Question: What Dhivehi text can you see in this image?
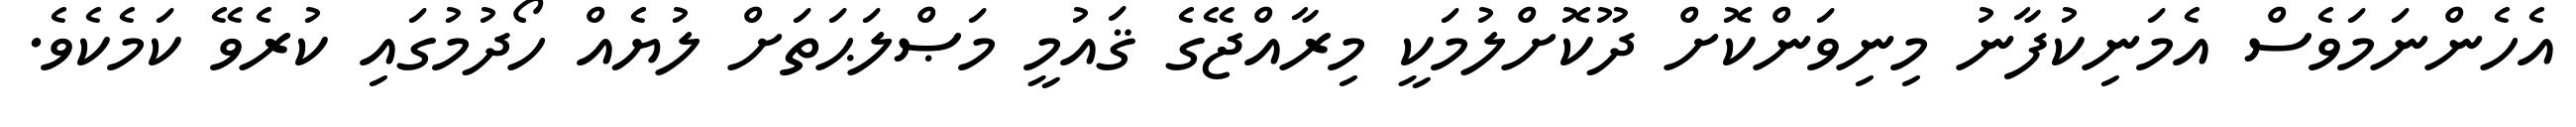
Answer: އެހެންނަމަވެސް އެމަނިކުފާނު މިނިވަންކޮށް ދޫކޮށްލުމަކީ މިރާއްޖޭގެ ޤައުމީ މަޞްލަޙަތަށް ލުޔެއް ހޯދުމުގައި ކުރެވޭ ކަމެކެވެ.